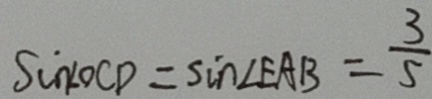
S _ { \Delta } \angle O C D = \sin \angle E A B = \frac { 3 } { 5 }